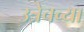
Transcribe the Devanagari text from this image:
उत्रेचच्या